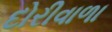
દોરીવાળા